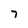
Character: 7